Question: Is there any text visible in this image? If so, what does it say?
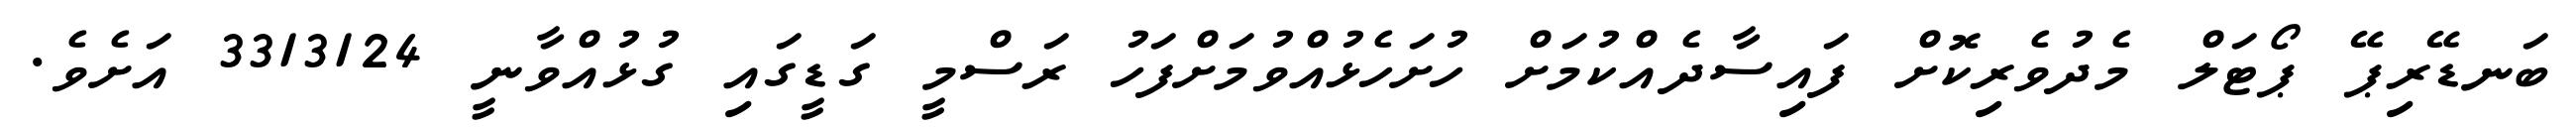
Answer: ބަނޑޭރިޕޭ ޕޯޓަލް މެދުވެރިކޮށް ފައިސާދެއްކުމަށް ހުށަހެޅުއްވުމަށްފަހު ރަސްމީ ގަޑީގައި ގުޅުއްވާނީ 3313124 އަށެވެ.